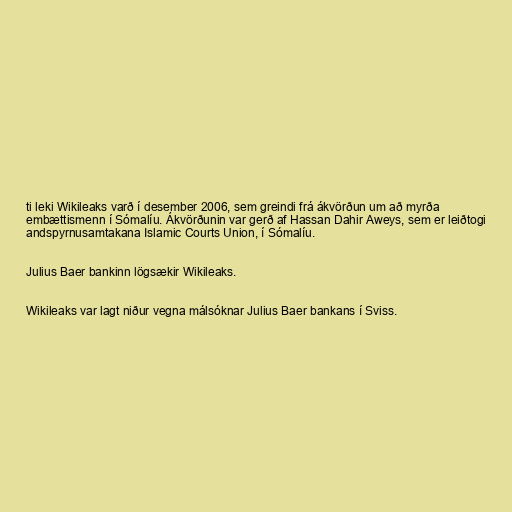
ti leki Wikileaks varð í desember 2006, sem greindi frá ákvörðun um að myrða
embættismenn í Sómalíu. Ákvörðunin var gerð af Hassan Dahir Aweys, sem er leiðtogi
andspyrnusamtakana Islamic Courts Union, í Sómalíu.

Julius Baer bankinn lögsækir Wikileaks.

Wikileaks var lagt niður vegna málsóknar Julius Baer bankans í Sviss.